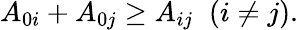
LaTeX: A_{0i}+A_{0j}\geq A_{ij}\; \; (i\neq j).